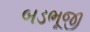
બડભૂજી